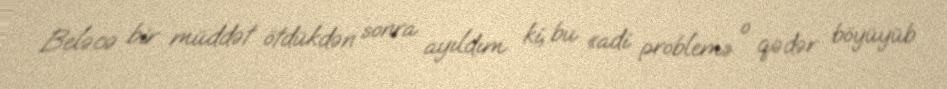
Beləcə bir müddət ötdükdən sonra ayıldım ki, bu «adi problem» o qədər böyüyüb